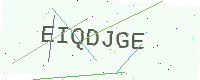
Text: EIQDJGE